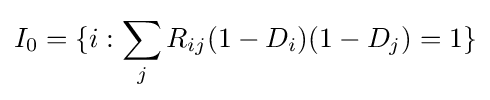
I_{0}=\{i:\sum _{j}R_{ij}(1-D_{i})(1-D_{j})=1\}